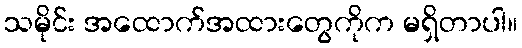
သမိုင်း အထောက်အထားတွေကိုက မရှိတာပါ။